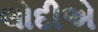
લોદીએ